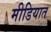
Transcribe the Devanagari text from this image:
मीडियात